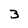
Character: 3